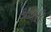
થયરી